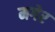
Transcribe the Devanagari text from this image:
मगेर